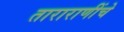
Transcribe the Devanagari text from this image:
ताराराणींचे